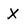
Character: X